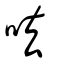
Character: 呿